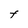
Character: F